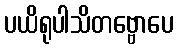
ပယိရုပါသိတဗ္ဗောပေ